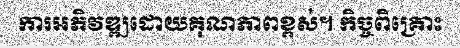
ការអភិវឌ្ឍដោយគុណភាពខ្ពស់។ កិច្ចពិគ្រោះ